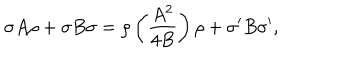
\sigma A \rho + \sigma B \sigma = \rho \left( { \frac { A ^ { 2 } } { 4 B } } \right) \rho + \sigma ^ { \prime } B \sigma ^ { \prime } ,